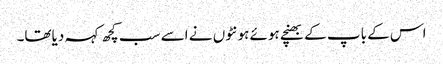
اس کے باپ کے بھنچے ہوئے ہونٹوں نے اسے سب کچھ کہہ دیاتھا۔